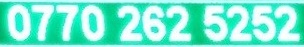
0770 262 5252